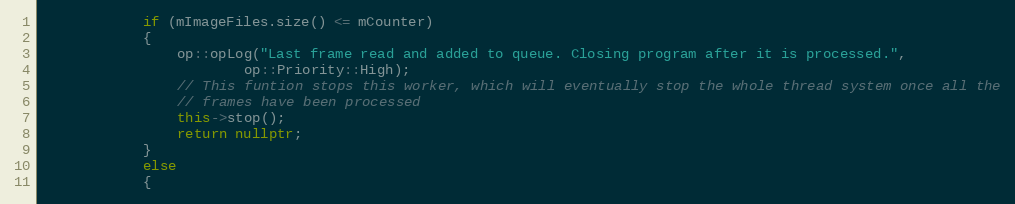
Language: C++
            if (mImageFiles.size() <= mCounter)
            {
                op::opLog("Last frame read and added to queue. Closing program after it is processed.",
                        op::Priority::High);
                // This funtion stops this worker, which will eventually stop the whole thread system once all the
                // frames have been processed
                this->stop();
                return nullptr;
            }
            else
            {